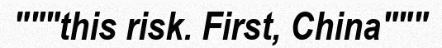
"""this risk. First, China"""